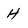
Character: H